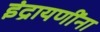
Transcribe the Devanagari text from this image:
इंद्रायणींना